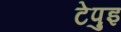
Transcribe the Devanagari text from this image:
टेपुइ